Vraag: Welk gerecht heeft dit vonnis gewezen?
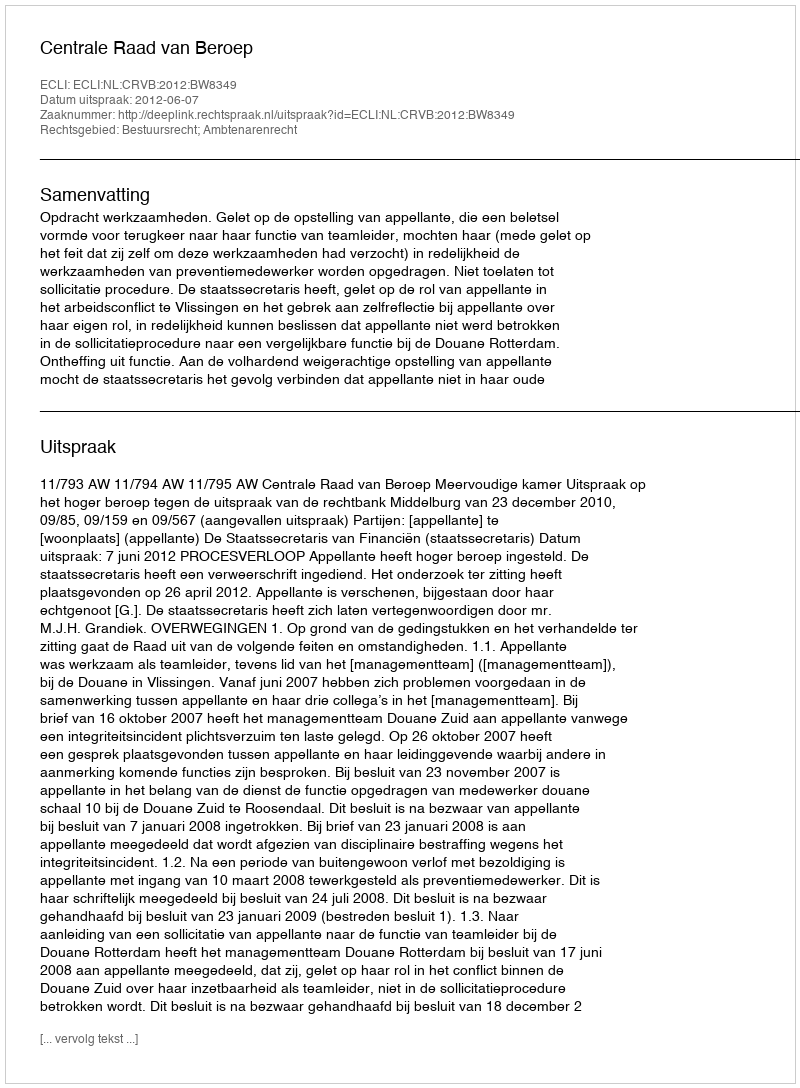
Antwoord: Centrale Raad van Beroep